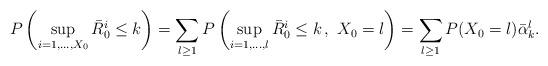
LaTeX: \begin{align*}P\left(\sup_{i=1,\ldots,X_0}\bar{R}_{0}^i\leq k\right)=\sum_{l\ge1}P\left(\sup_{i=1,\ldots,l}\bar{R}_{0}^i\leq k\,,\,\,X_0=l\right)=\sum_{l\ge1}P(X_0=l)\bar{\alpha}_k^l.\end{align*}